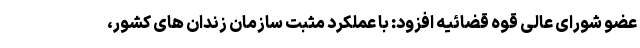
عضو شورای عالی قوه قضائیه افزود: با عملکرد مثبت سازمان زندان های کشور،